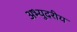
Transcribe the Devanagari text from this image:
अभ्युदरीय